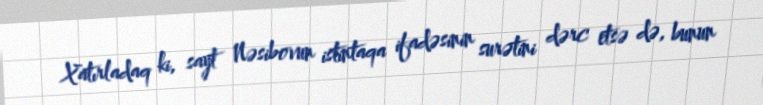
Xatırladaq ki, sayt Nəsibovun istintaqa ifadəsinin surətini dərc etsə də, bunun